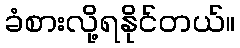
ခံစားလို့ရနိုင်တယ်။